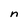
Character: n